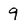
Character: 9